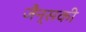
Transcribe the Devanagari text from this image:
जैन्सकी